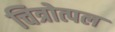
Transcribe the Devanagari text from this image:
चित्रोत्पल